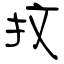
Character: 抆